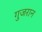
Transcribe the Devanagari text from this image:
गुजरान